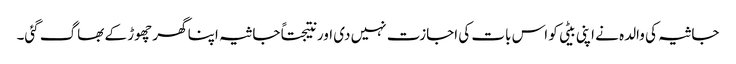
جاثیہ کی والدہ نے اپنی بیٹی کو اس بات کی اجازت نہیں دی اور نتیجتاً جاثیہ اپنا گھر چھوڑ کے بھاگ گئی۔